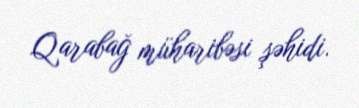
Qarabağ müharibəsi şəhidi.